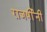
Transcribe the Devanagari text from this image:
राजर्षीनी